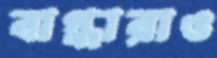
বাগ্ধারাও